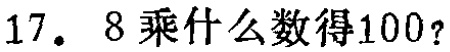
17. 8乘什么数得100？